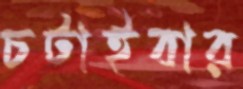
চটাইবার